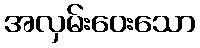
အလှမ်းဝေးသော